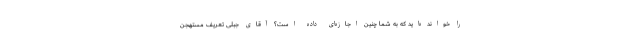
را خوانده‌اید که به شما چنین اجازه‌ای داده است؟ آقای جبلی تعریف مستهجن